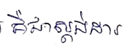
គឺជាស្តង់ដារ